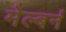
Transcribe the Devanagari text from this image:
मेल्बर्न